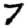
Digit: 7